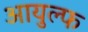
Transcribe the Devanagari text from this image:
आयुल्फ